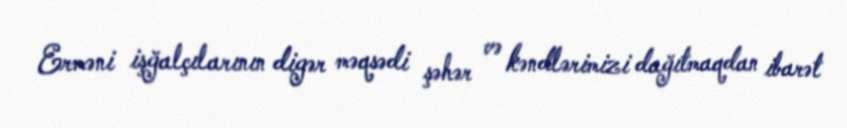
Erməni işğalçılarının digər məqsədi şəhər və kəndlərimizi dağıtmaqdan ibarət